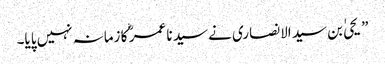
” یحیٰ بن سید الانصاری نے سید نا عمر ؓ کا زمانہ نہیں پایا۔